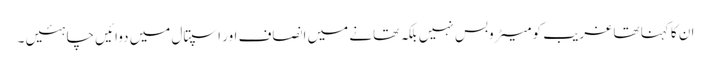
ان کا کہنا تھا غریب کو میٹروبس نہیں بلکہ تھانے میں انصاف اور اسپتال میں دوائیں چاہئیں ۔